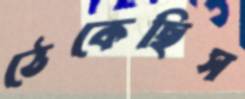
ঠেকেছিস